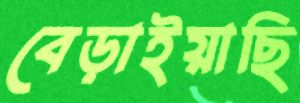
বেড়াইয়াছি